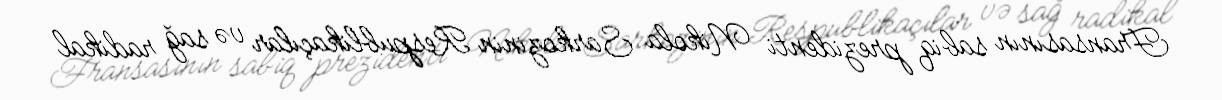
Fransasının sabiq prezidenti Nikola Sarkozinin Respublikaçılar və sağ radikal